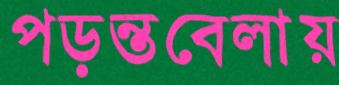
পড়ন্তবেলায়